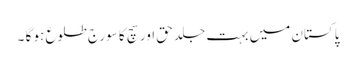
پاکستان میں بہت جلد حق اور سچ کا سورج طلوع ہو گا ۔